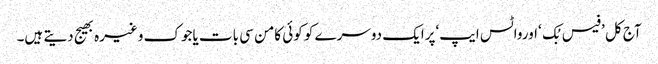
آج کل ’فیس بُک ‘اورواٹس ایپ‘پرایک دوسرے کو کوئی کامن سی بات یاجوک وغیرہ بھیج دیتے ہیں۔